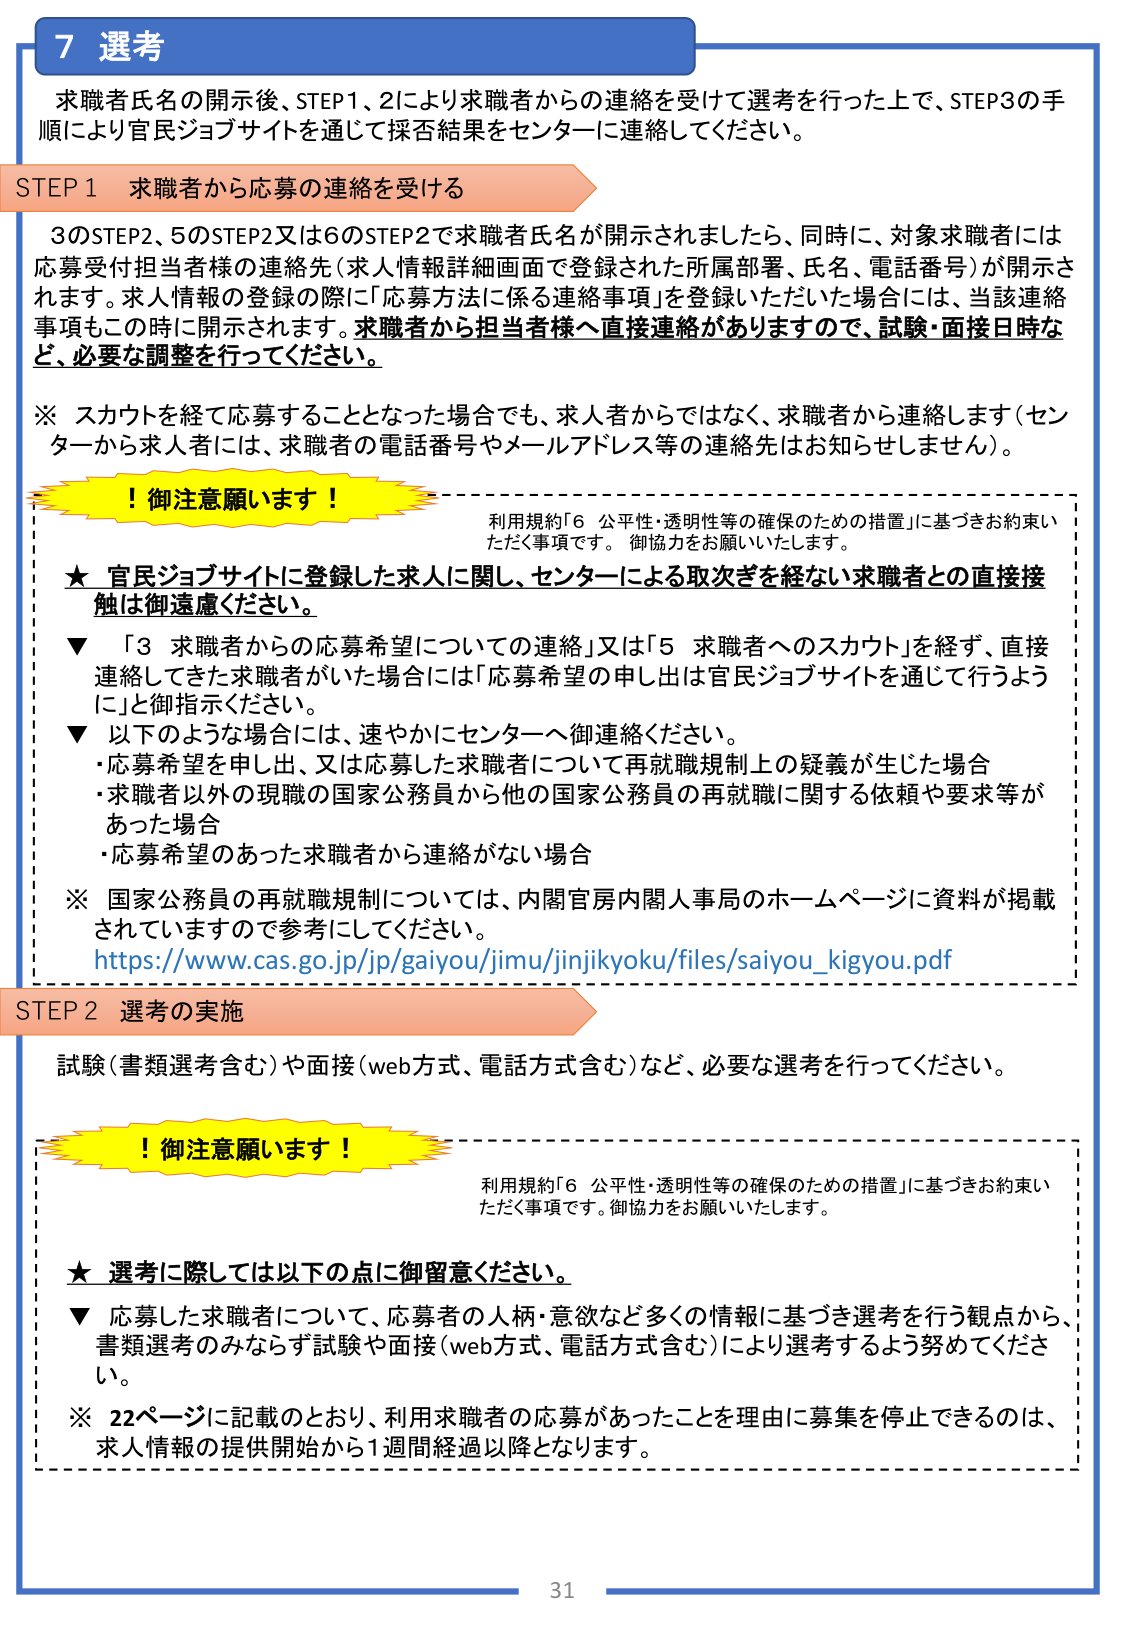
7 選考

求職者氏名の開示後、STEP1、2により求職者からの連絡を受けて選考を行った上で、STEP3の手順により官民ジョブサイトを通じて採否結果をセンターに連絡してください。

STEP 1 求職者から応募の連絡を受ける

3のSTEP2、5のSTEP2又は6のSTEP2で求職者氏名が開示されましたら、同時に、対象求職者には応募受付担当者様の連絡先（求人情報詳細画面で登録された所属部署、氏名、電話番号）が開示されます。求人情報の登録の際に「応募方法に係る連絡事項」を登録いただいた場合には、当該連絡事項もこの時に開示されます。求職者から担当者様へ直接連絡がありますので、試験・面接日時など、必要な調整を行ってください。

※ スカウトを経て応募することとなった場合でも、求人者からではなく、求職者から連絡します（センターから求人者には、求職者の電話番号やメールアドレス等の連絡先はお知らせしません）。

！御注意願います！

利用規約「6 公平性・透明性等の確保のための措置」に基づきお約束いただく事項です。御協力をお願いいたします。

★ 官民ジョブサイトに登録した求人に関し、センターによる取次ぎを経ない求職者との直接接触は御遠慮ください。

▼ 「3 求職者からの応募希望についての連絡」又は「5 求職者へのスカウト」を経ず、直接連絡してきた求職者がいた場合には「応募希望の申し出は官民ジョブサイトを通じて行うように」と御指示ください。

▼ 以下のような場合には、速やかにセンターへ御連絡ください。
・応募希望を申し出、又は応募した求職者について再就職規制上の疑義が生じた場合
・求職者以外の現職の国家公務員から他の国家公務員の再就職に関する依頼や要求等があった場合
・応募希望のあった求職者から連絡がない場合

※ 国家公務員の再就職規制については、内閣官房内閣人事局のホームページに資料が掲載されていますので参考にしてください。
https://www.cas.go.jp/jp/gaiyou/jimu/jinjikyoku/files/saiyou_kigyou.pdf

STEP 2 選考の実施

試験（書類選考含む）や面接（web方式、電話方式含む）など、必要な選考を行ってください。

！御注意願います！

利用規約「6 公平性・透明性等の確保のための措置」に基づきお約束いただく事項です。御協力をお願いいたします。

★ 選考に際しては以下の点に御留意ください。

▼ 応募した求職者について、応募者の人柄・意欲など多くの情報に基づき選考を行う観点から、書類選考のみならず試験や面接（web方式、電話方式含む）により選考するよう努めてください。

※ 22ページに記載のとおり、利用求職者の応募があったことを理由に募集を停止できるのは、求人情報の提供開始から1週間経過以降となります。

31